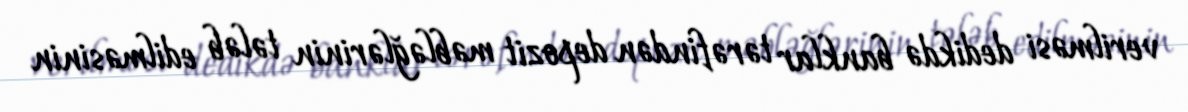
verilməsi dedikdə banklar tərəfindən depozit məbləğlərinin tələb edilməsinin